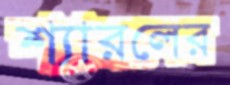
শ্যারলের